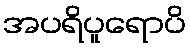
အပရိပူရောပိ